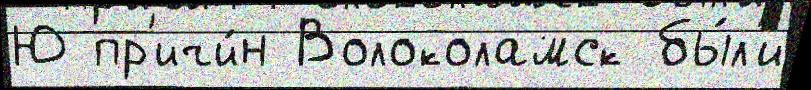
Ю пр'ичи́н Волоколамск бы́л'и